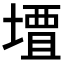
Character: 𫝠